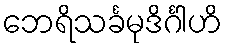
ဘေရိသင်္ခမုဒိင်္ဂါဟိ